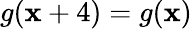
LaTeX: g(\mathbf{x}+4)=g(\mathbf{x})